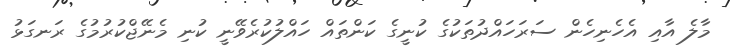
މާލެ އާއި އެހެނިހެން ސަރަހައްދުތަކުގެ ކުނީގެ ކަންތައް ހައްލުކުރެވޭނީ ކުނި މެނޭޖްކުރުމުގެ ރަނގަޅު